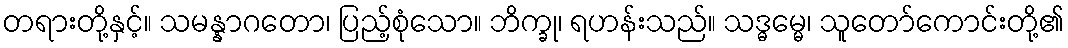
တရားတို့နှင့်။ သမန္နာဂတော၊ ပြည့်စုံသော။ ဘိက္ခု၊ ရဟန်းသည်။ သဒ္ဓမ္မေ၊ သူတော်ကောင်းတို့၏